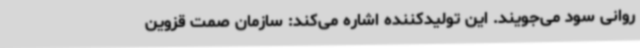
روانی سود می‌جویند. این تولیدکننده اشاره می‌کند: سازمان صمت قزوین